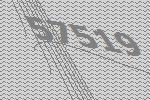
57519